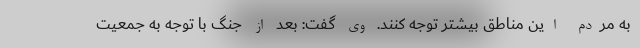
به مردم این مناطق بیشتر توجه کنند. وی گفت: بعد از جنگ با توجه به جمعیت